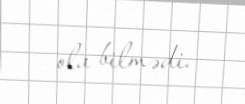
ola bilmədi.